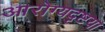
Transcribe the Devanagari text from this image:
आरोग्यदृष्टया